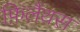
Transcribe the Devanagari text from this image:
फ़िलैंथस